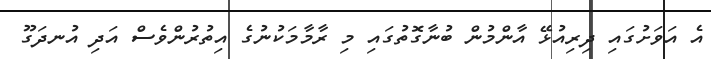
އެ އަވަށުގައި ދިރިއުޅޭ އާންމުން ބުނާގޮތުގައި މި ރާމާމަކުނުގެ އިތުރުންވެސް އަދި އުނދަގޫ